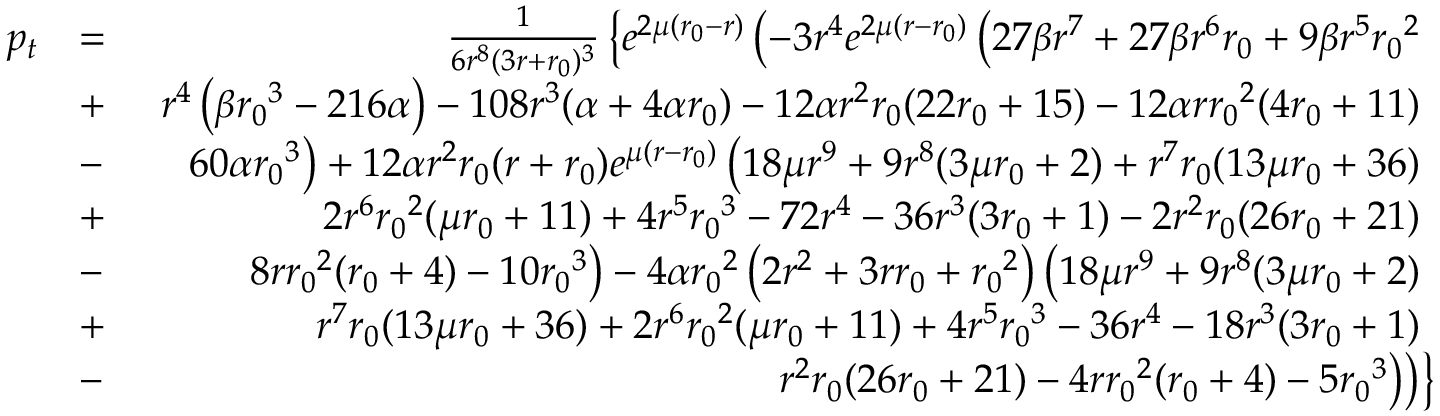
\begin{array} { r l r } { p _ { t } } & { = } & { \frac { 1 } { 6 r ^ { 8 } ( 3 r + { r _ { 0 } } ) ^ { 3 } } \left\lbrace e ^ { 2 \mu ( { r _ { 0 } } - r ) } \left( - 3 r ^ { 4 } e ^ { 2 \mu ( r - { r _ { 0 } } ) } \left( 2 7 \beta r ^ { 7 } + 2 7 \beta r ^ { 6 } { r _ { 0 } } + 9 \beta r ^ { 5 } { r _ { 0 } } ^ { 2 } \right. \right. \right. } \\ & { + } & { \left. \left. \left. r ^ { 4 } \left( \beta { r _ { 0 } } ^ { 3 } - 2 1 6 \alpha \right) - 1 0 8 r ^ { 3 } ( \alpha + 4 \alpha { r _ { 0 } } ) - 1 2 \alpha r ^ { 2 } { r _ { 0 } } ( 2 2 { r _ { 0 } } + 1 5 ) - 1 2 \alpha r { r _ { 0 } } ^ { 2 } ( 4 { r _ { 0 } } + 1 1 ) \right. \right. \right. } \\ & { - } & { \left. \left. \left. 6 0 \alpha { r _ { 0 } } ^ { 3 } \right) + 1 2 \alpha r ^ { 2 } { r _ { 0 } } ( r + { r _ { 0 } } ) e ^ { \mu ( r - { r _ { 0 } } ) } \left( 1 8 \mu r ^ { 9 } + 9 r ^ { 8 } ( 3 \mu { r _ { 0 } } + 2 ) + r ^ { 7 } { r _ { 0 } } ( 1 3 \mu { r _ { 0 } } + 3 6 ) \right. \right. \right. } \\ & { + } & { \left. \left. \left. 2 r ^ { 6 } { r _ { 0 } } ^ { 2 } ( \mu { r _ { 0 } } + 1 1 ) + 4 r ^ { 5 } { r _ { 0 } } ^ { 3 } - 7 2 r ^ { 4 } - 3 6 r ^ { 3 } ( 3 { r _ { 0 } } + 1 ) - 2 r ^ { 2 } { r _ { 0 } } ( 2 6 { r _ { 0 } } + 2 1 ) \right. \right. \right. } \\ & { - } & { \left. \left. \left. 8 r { r _ { 0 } } ^ { 2 } ( { r _ { 0 } } + 4 ) - 1 0 { r _ { 0 } } ^ { 3 } \right) - 4 \alpha { r _ { 0 } } ^ { 2 } \left( 2 r ^ { 2 } + 3 r { r _ { 0 } } + { r _ { 0 } } ^ { 2 } \right) \left( 1 8 \mu r ^ { 9 } + 9 r ^ { 8 } ( 3 \mu { r _ { 0 } } + 2 ) \right. \right. \right. } \\ & { + } & { \left. \left. \left. r ^ { 7 } { r _ { 0 } } ( 1 3 \mu { r _ { 0 } } + 3 6 ) + 2 r ^ { 6 } { r _ { 0 } } ^ { 2 } ( \mu { r _ { 0 } } + 1 1 ) + 4 r ^ { 5 } { r _ { 0 } } ^ { 3 } - 3 6 r ^ { 4 } - 1 8 r ^ { 3 } ( 3 { r _ { 0 } } + 1 ) \right. \right. \right. } \\ & { - } & { \left. \left. \left. r ^ { 2 } { r _ { 0 } } ( 2 6 { r _ { 0 } } + 2 1 ) - 4 r { r _ { 0 } } ^ { 2 } ( { r _ { 0 } } + 4 ) - 5 { r _ { 0 } } ^ { 3 } \right) \right) \right\rbrace } \end{array}